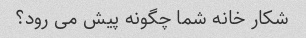
شکار خانه شما چگونه پیش می رود؟